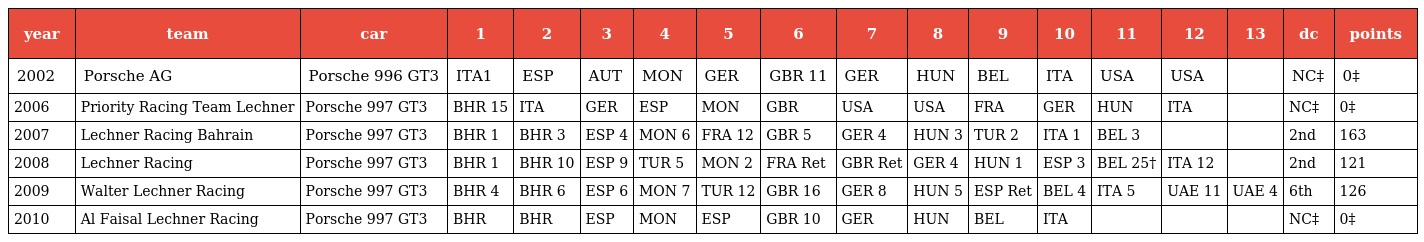
| year | team | car | 1 | 2 | 3 | 4 | 5 | 6 | 7 | 8 | 9 | 10 | 11 | 12 | 13 | dc | points |
 | --- | --- | --- | --- | --- | --- | --- | --- | --- | --- | --- | --- | --- | --- | --- | --- | --- | --- |
 | 2002 | Porsche AG | Porsche 996 GT3 | ITA1 | ESP | AUT | MON | GER | GBR 11 | GER | HUN | BEL | ITA | USA | USA |  | NC‡ | 0‡ |
 | 2006 | Priority Racing Team Lechner | Porsche 997 GT3 | BHR 15 | ITA | GER | ESP | MON | GBR | USA | USA | FRA | GER | HUN | ITA |  | NC‡ | 0‡ |
 | 2007 | Lechner Racing Bahrain | Porsche 997 GT3 | BHR 1 | BHR 3 | ESP 4 | MON 6 | FRA 12 | GBR 5 | GER 4 | HUN 3 | TUR 2 | ITA 1 | BEL 3 |  |  | 2nd | 163 |
 | 2008 | Lechner Racing | Porsche 997 GT3 | BHR 1 | BHR 10 | ESP 9 | TUR 5 | MON 2 | FRA Ret | GBR Ret | GER 4 | HUN 1 | ESP 3 | BEL 25† | ITA 12 |  | 2nd | 121 |
 | 2009 | Walter Lechner Racing | Porsche 997 GT3 | BHR 4 | BHR 6 | ESP 6 | MON 7 | TUR 12 | GBR 16 | GER 8 | HUN 5 | ESP Ret | BEL 4 | ITA 5 | UAE 11 | UAE 4 | 6th | 126 |
 | 2010 | Al Faisal Lechner Racing | Porsche 997 GT3 | BHR | BHR | ESP | MON | ESP | GBR 10 | GER | HUN | BEL | ITA |  |  |  | NC‡ | 0‡ |